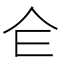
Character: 仺